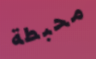
محبطة